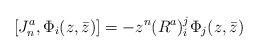
LaTeX: \begin{align*}[J^a_n,\Phi_i(z,\bar{z})]=-z^n (R^a)_i^j\Phi_j(z,\bar{z})\end{align*}